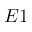
E 1